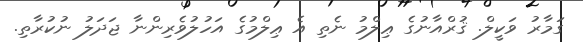
ގަމާރު ވަކީލް. ޤުރްއާނުގެ ޢިލްމު ނެތި އެ ޢިލްމުގެ އަހުލުވެރިންނާ ޖަދަލު ނުކުރާތި.